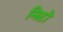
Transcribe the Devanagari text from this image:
निटो